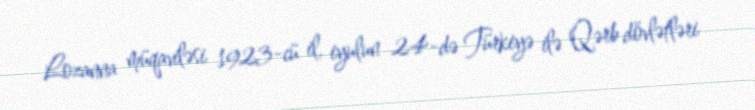
Lozanna müqaviləsi 1923-cü il, iyulun 24-də Türkiyə ilə Qərb dövlətləri